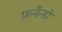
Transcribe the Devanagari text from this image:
फ़र्नैन्डो